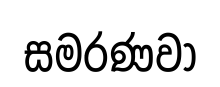
සමරණවා